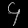
Digit: ၄